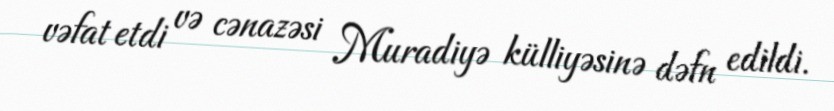
vəfat etdi və cənazəsi Muradiyə külliyəsinə dəfn edildi.